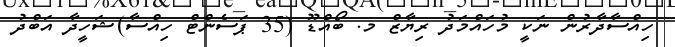
ހިއްސާދާރުން ނަކީ މުހައްމަދު ރިޔާޒް މ. ބޯއްޑޫ (35 ޕަސެންޓް ހިއްސާ)ޝަހީދާ އަބްދު